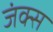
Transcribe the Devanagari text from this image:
जंक्स